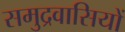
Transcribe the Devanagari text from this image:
समुद्रवासियों